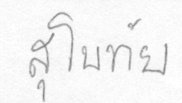
สุโขทัย